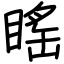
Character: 䁘